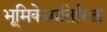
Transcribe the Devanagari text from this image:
भूमिकेव्यतिरिक्त